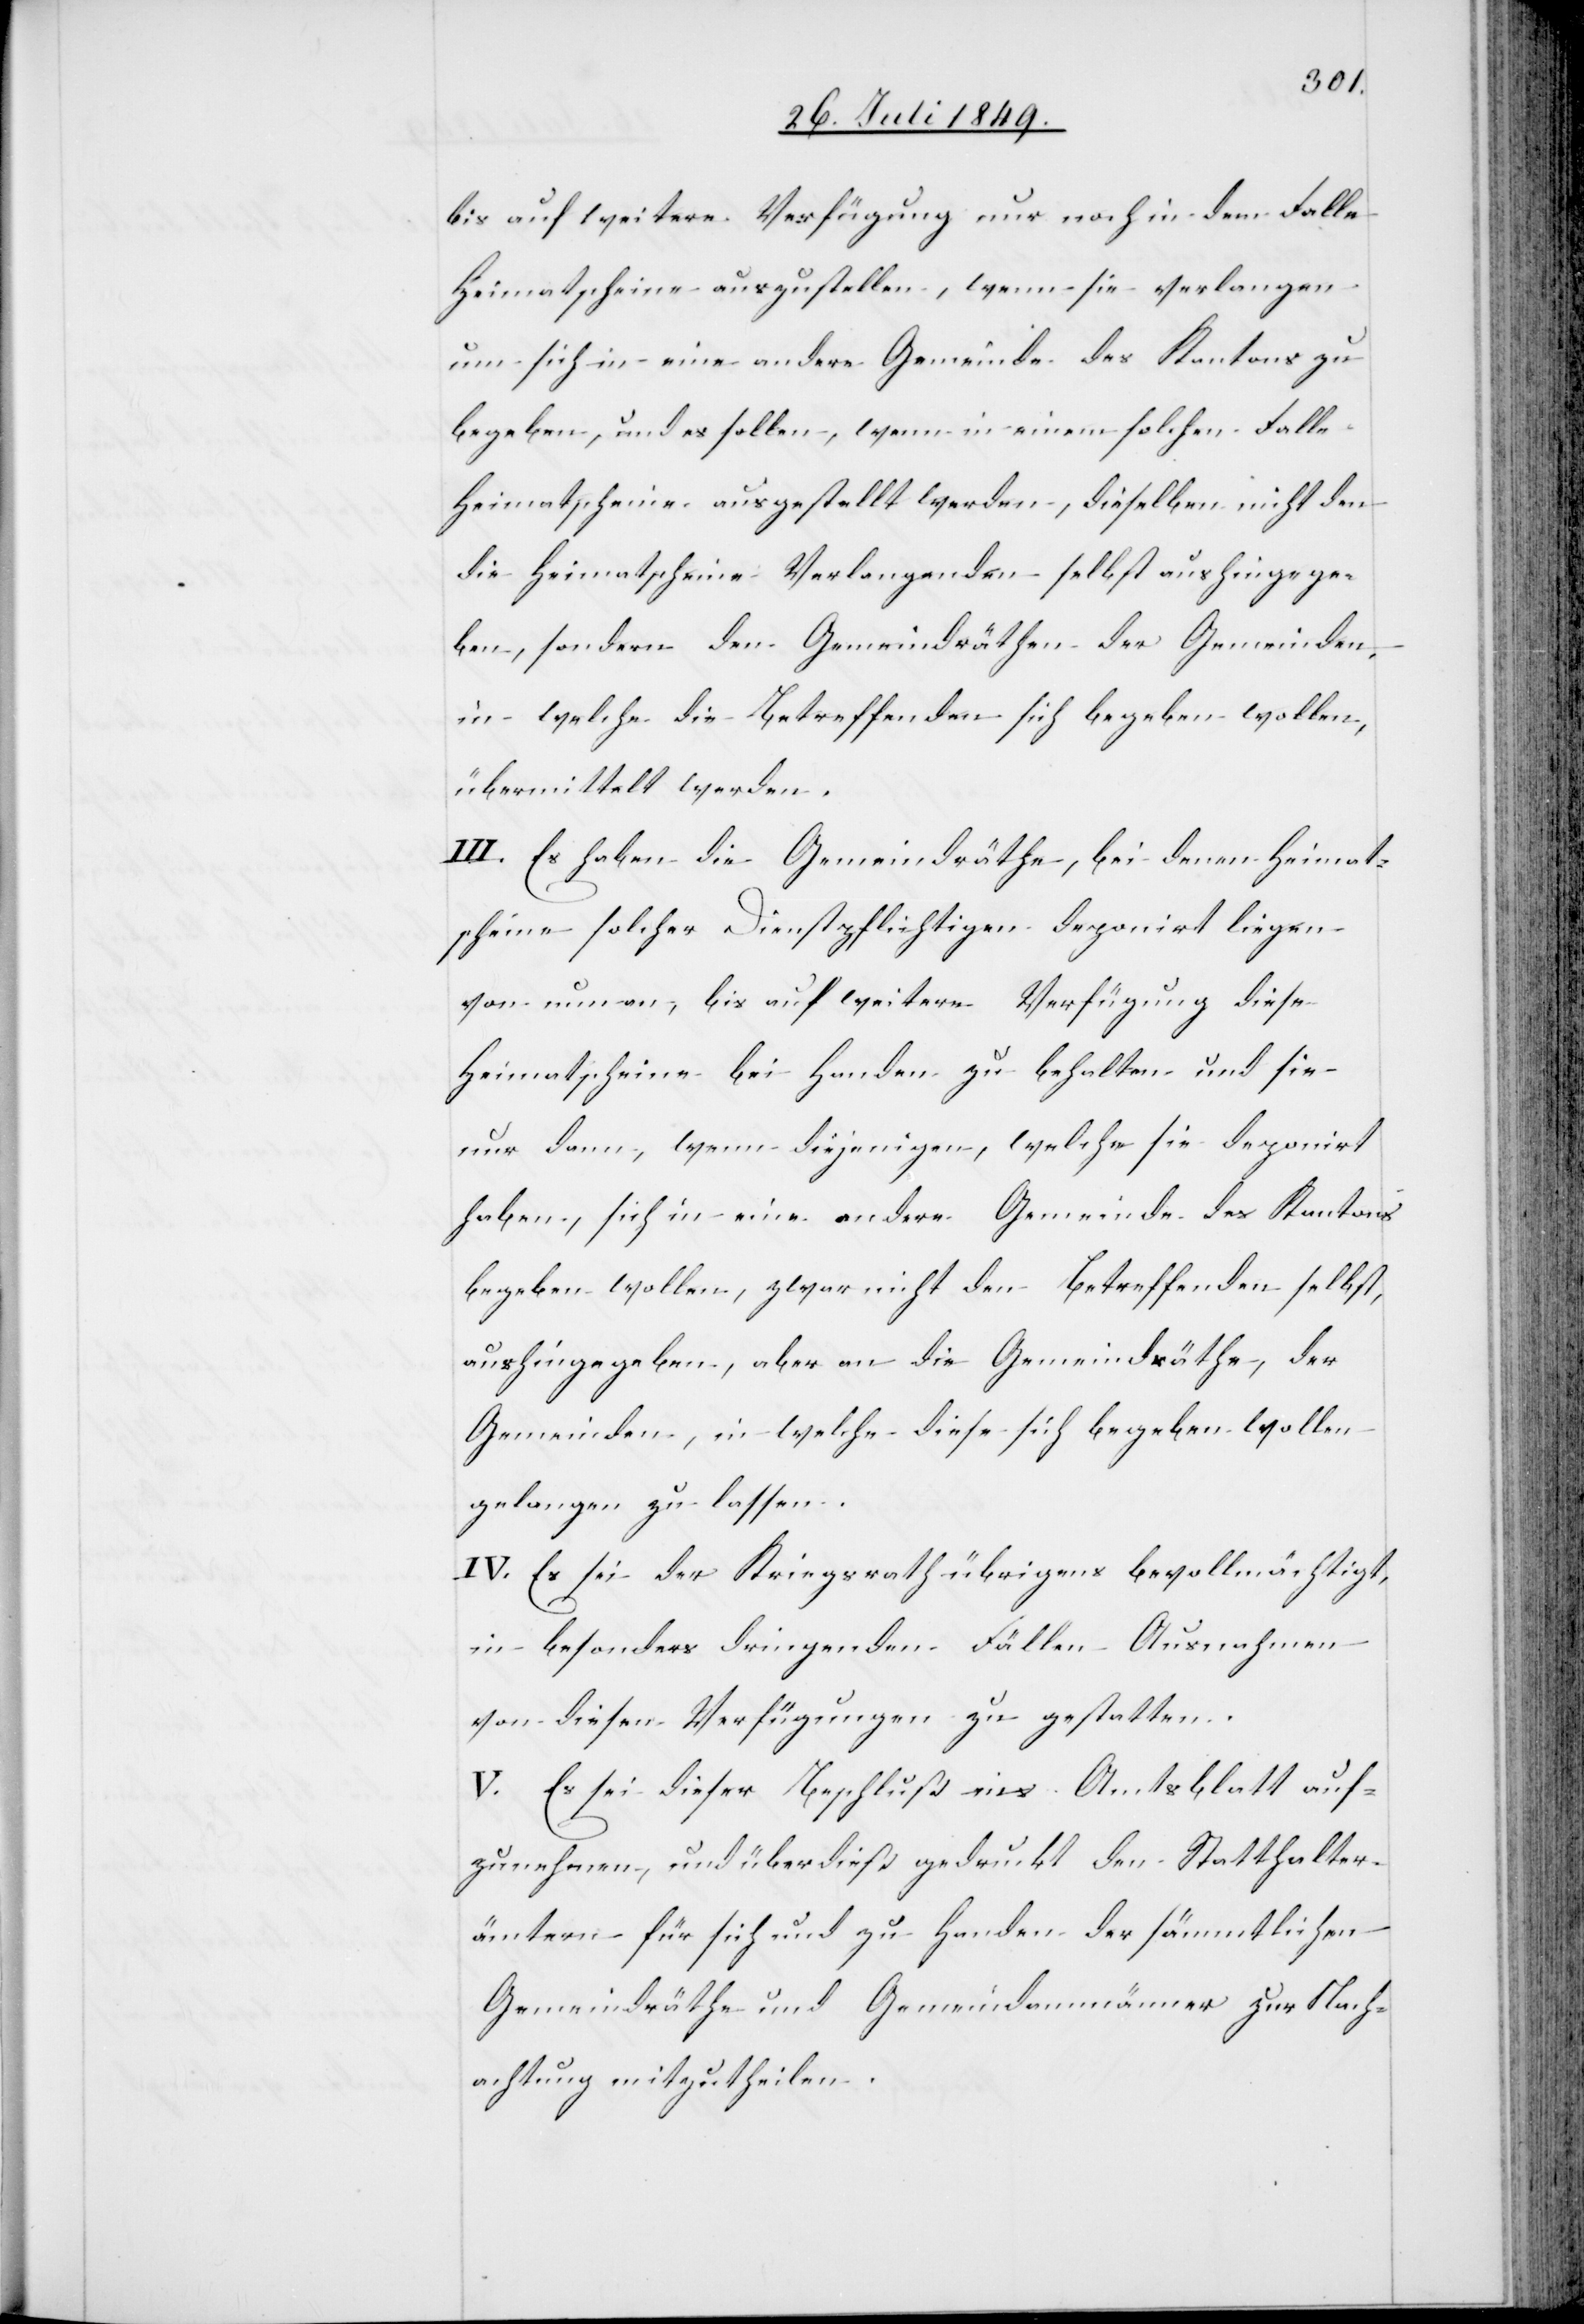
bis auf weitere Verfügung nur noch in dem Falle
Heimatscheine auszustellen, wenn sie verlangen
um sich in eine andere Gemeinde des Kantons zu
begeben, und es sollen, wenn in einem solchen Falle
Heimatscheine ausgestellt werden, dieselben nicht den
die Heimatscheine Verlangenden selbst aushingege¬
ben, sondern den Gemeindräthen der Gemeinden,
in welche die Betreffenden sich begeben wollen,
übermittelt werden.
III. Es haben die Gemeindräthe, bei denen Heimat¬
scheine solcher Dienstpflichtigen deponirt liegen
von nun an, bis auf weitere Verfügung diese
Heimatscheine bei Handen zu behalten und sie
nur dann, wenn diejenigen, welche sie deponirt
haben, sich in eine andere Gemeinde des Kantons
begeben wollen, zwar nicht den Betreffenden selbst,
aushingegeben, aber an die Gemeindräthe, der
Gemeinden, in welche diese sich begeben wollen
gelangen zu lassen.
IV. Es sei der Kriegsrath übrigens bevollmächtigt,
in besonders dringenden Fällen Ausnahmen
von diesen Verfügungen zu gestatten.
V. Es sei dieser Beschluß ins Amtsblatt auf¬
zunehmen, und überdieß gedruckt den Statthalter¬
ämtern für sich und zu Handen der sämmtlichen
Gemeindräthe und Gemeindamannmänner zur Nach¬
achtung mitzutheilen.